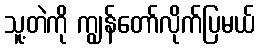
သူ့တဲကို ကျွန်တော်လိုက်ပြမယ်